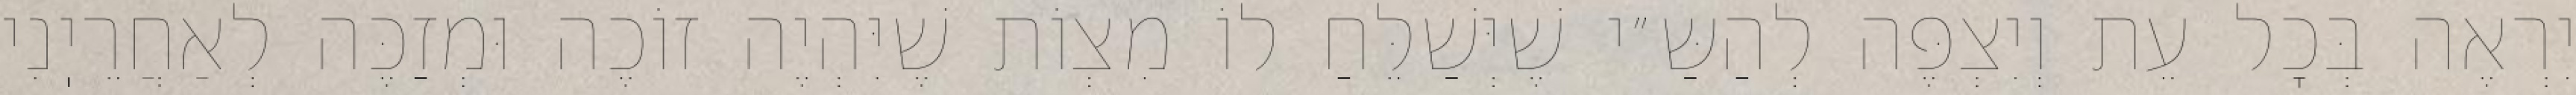
יִרְאֶה בְּכׇל עֵת וְיִצְפֶּה לְהַשַּ״י שֶׁיְּשַׁלֵּחַ לוֹ מִצְוֹת שֶׁיִּהְיֶה זוֹכֶה וּמְזַכֶּה לְאַחֲרֵיֽנִי